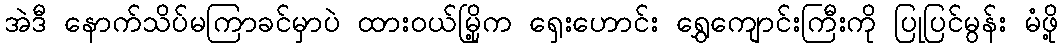
အဲဒီ နောက်သိပ်မကြာခင်မှာပဲ ထားဝယ်မြို့က ရှေးဟောင်း ရွှေကျောင်းကြီးကို ပြုပြင်မွန်း မံဖို့